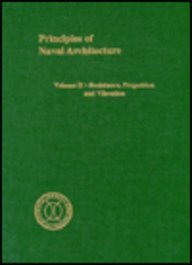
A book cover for Principles of Naval Architecture Volume II: Resistance, Propulsion and Vibration; Engineering & Transportation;